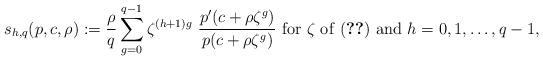
LaTeX: \begin{align*}s_{h,q}(p,c,\rho): =\frac{\rho}{q}\sum_{g=0}^{q-1}\zeta^{(h+1)g}~\frac{p'(c+\rho\zeta^g)}{p(c+\rho\zeta^g)}~{\rm for}~\zeta~{\rm of~(\ref{eqzt})~and}~h=0,1,\dots,q-1, \end{align*}